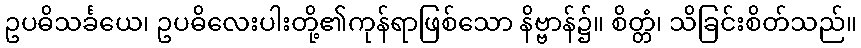
ဥပဓိသင်္ခယေ၊ ဥပဓိလေးပါးတို့၏ကုန်ရာဖြစ်သော နိဗ္ဗာန်၌။ စိတ္တံ၊ သိခြင်းစိတ်သည်။